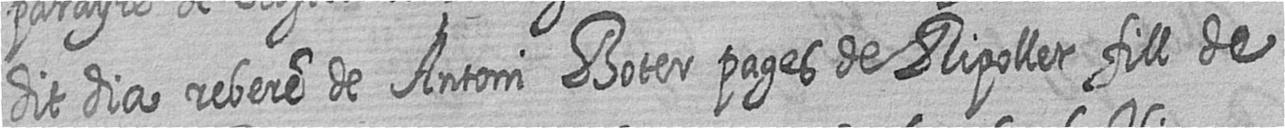
dit dia rebere de Antoni Boter pages de Ripollet fill de